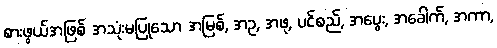
စားဖွယ်အဖြစ် အသုံးမပြုသော အမြစ်, အဥ, အဖု, ပင်စည်, အပွေး, အခေါက်, အကာ,